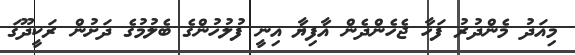
މިއަދު މެންދުރު ފަހާ ޖެހެންދެން އާފިޔާ އިނީ ފުލުހުންގެ ބެލުމުގެ ދަށުން ރަކީދޫގަ